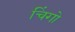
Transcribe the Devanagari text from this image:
चिंगो